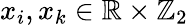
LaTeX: x_{i},x_{k}\in\mathbb{R}\times\mathbb{Z}_{2}